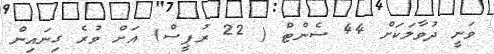
ވަނީ ދުވާލަކަށް 44 ސެންޓް ( 22 ރުޕީސް) އަށް ވުރެ ގިނައިން